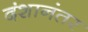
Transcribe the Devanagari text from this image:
दंशानंतर